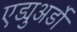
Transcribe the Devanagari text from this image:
एड्युअर्डो